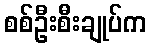
စစ်ဦးစီးချုပ်က